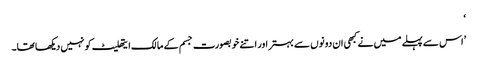
‘
’اس سے پہلے میں نے کبھی ان دونوں سے بہتر اور اتنے خوبصورت جسم کے مالک ایتھلیٹ کو نہیں دیکھا تھا۔